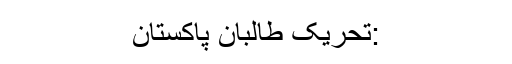
:تحریک طالبان پاکستان